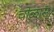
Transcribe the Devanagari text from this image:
चोळास